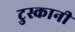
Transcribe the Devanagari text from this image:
टुस्कानी